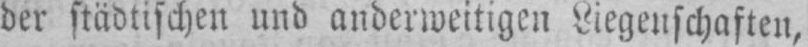
der städtischen und anderweitigen Liegenschaften,